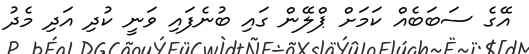
އޭގެ ސަބަބެއް ކަމަށް ޕްލޭން ގައި ބުނެފައި ވަނީ ކުދި އަދި މެދު